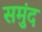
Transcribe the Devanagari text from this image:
समुंद